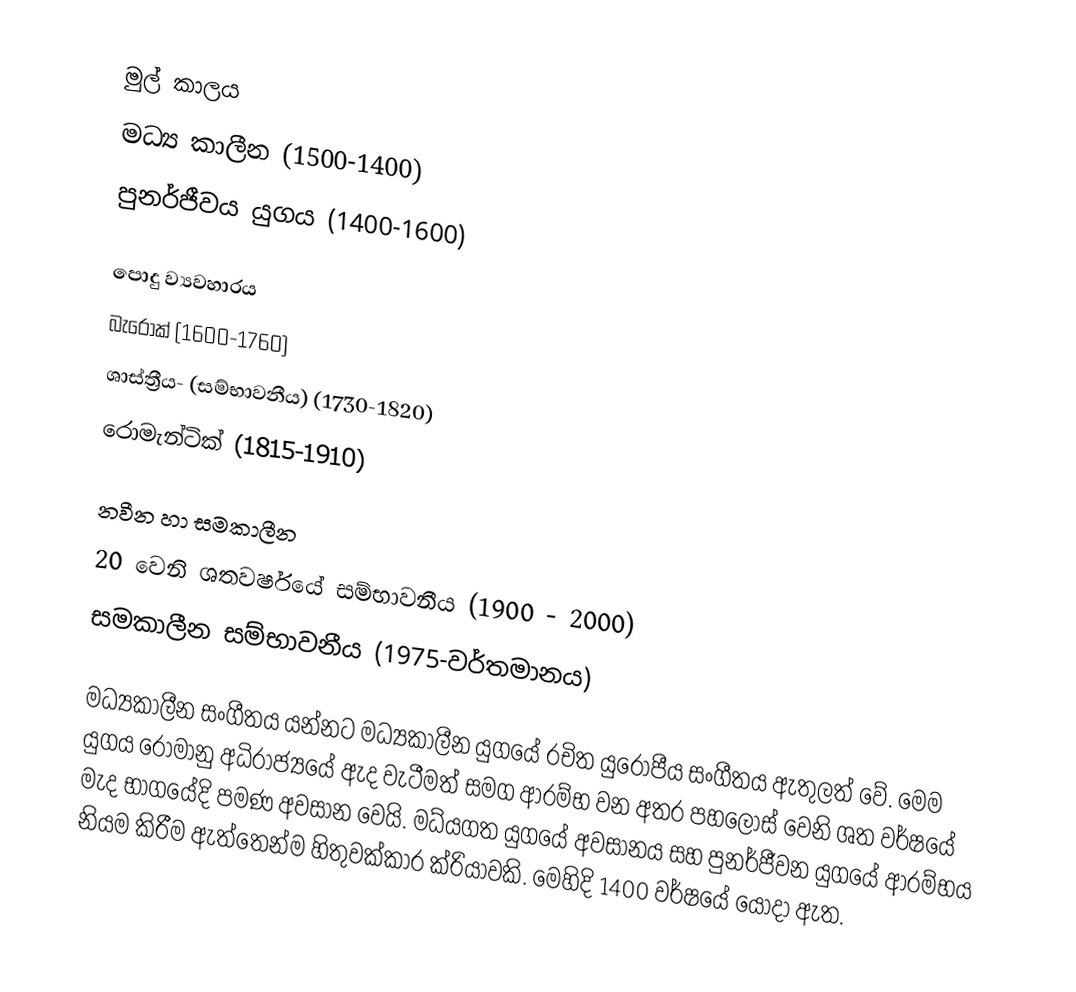
මුල් කාලය
මධ්‍ය කාලීන				(1500-1400)
පුනර්ජීවය යුගය			(1400-1600)

පොදු ව්‍යවහාරය
බැරොක්					(1600-1760)
ශාස්ත්‍රීය- (සම්භාවනීය)		(1730-1820)
රොමැන්ටික්				(1815-1910)

නවීන හා සමකාලීන
20 වෙනි ශතවර්ෂයේ සම්භාවනීය	(1900  -  2000)
සමකාලීන සම්භාවනීය			(1975-වර්තමානය)

මධ්‍යකාලීන සංගීතය යන්නට මධ්‍යකාලීන  යුගයේ රචිත යුරෝපීය සංගීතය ඇතුලත් වේ. මෙම යුගය රෝමානු අධිරාජ්‍යයේ ඇද වැටීමත් සමග ආරම්භ වන අතර පහලොස් වෙනි ශත වර්ෂයේ මැද භාගයේදි පමණ අවසාන වෙයි. මධ්යගත යුගයේ අවසානය සහ පුනර්ජීවන යුගයේ ආරම්භය නියම කිරීම ඇත්තෙන්ම හිතුවක්කාර ක්රියාවකි. මෙහිදි 1400 වර්ෂයේ යොදා ඇත.